Vaccination in Bombay 1856-1862 - 1856-1862
Year: 1856
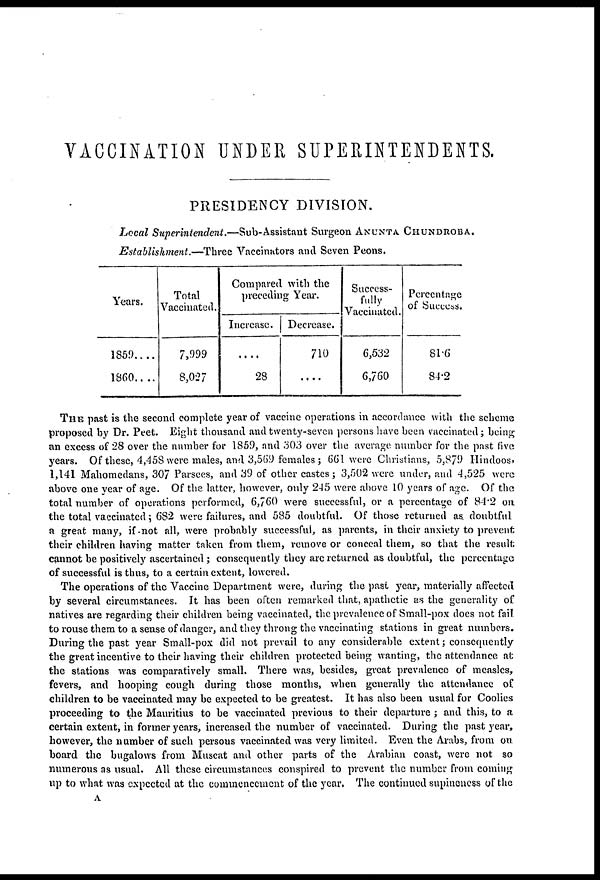
VACCINATION UNDER SUPERINTENDENTS.
PRESIDENCY DIVISION.
Local Superintendent.—Sub-Assistant
Surgeon ANUNTA CHUNDROBA.
Establishment.—Three
Vaccinators and Seven Peons.
Years.
1859 . . . .
1860 . . . .
Total
Vaccinated.
7,999
8,027
Compared with the
preceding Year.
Increase.
....
28
Decrease.
710
....
Success-
fully
Vaccinated.
6,532
6,760
Percentage
of
81.6
84.2
THE past is the second complete year of vaccine operations in accordance with the scheme
proposed by Dr. Peet. Eight thousand and twenty-seven persons have been vaccinated; being
an excess of 28 over the number for 1859, and 303 over the average number for the past five
years. Of these, 4,458 were males, and 3,569 females ; 661 were Christians, 5,879 Hindoos,
1,141 Mahomedans, 307 Parsees, and 39 of other castes; 3,502 were under, and 4,525 were
above one year of age. Of the latter, however, only 245 were above 10 years of age. Of the
total number of operations performed, 6,760 were successful, or a percentage of 84.2 on
the total vaccinated; 682 were failures, and 585 doubtful. Of those returned as doubtful
a great many, if not all, were probably successful, as parents, in their anxiety to prevent
their children having matter taken from them, remove or conceal them, so that the result
cannot be positively ascertained ; consequently they are returned as doubtful, the percentage
of successful is thus, to a certain extent, lowered.
The operations of the Vaccine Department were, during the past year, materially affected
by several circumstances. It has been often remarked that, apathetic as the generality of
natives are regarding their children being vaccinated, the prevalence of Small-pox does not fail
to rouse them to a sense of danger, and they throng the vaccinating stations in great numbers.
During the past year Small-pox did not prevail to any considerable extent; consequently
the great incentive to their having their children protected being wanting, the attendance at
the stations was comparatively small. There was, besides, great prevalence of measles,
fevers, and hooping cough during those months, when generally the attendance of
children to be vaccinated may be expected to be greatest. It has also been usual for Coolies
proceeding to the Mauritius to be vaccinated previous to their departure ; and this, to a
certain extent, in former years, increased the number of vaccinated. During the past year,
however, the number of such persons vaccinated was very limited. Even the Arabs, from on
board the bugalows from Muscat and other parts of the Arabian coast, were not so
numerous as usual. All these circumstances conspired to prevent the number from coming
up to what was expected at the commencement of the year. The continued supineness of the
A